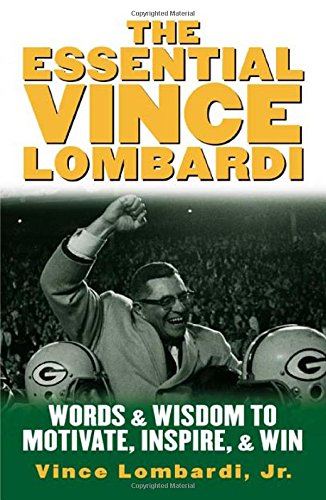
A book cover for The Essential Vince Lombardi : Words & Wisdom to Motivate, Inspire, and Win; Vince Lombardi; Biographies & Memoirs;